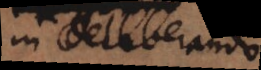
in deliberando